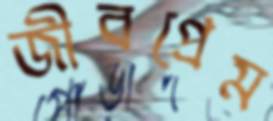
জীবপ্রেম